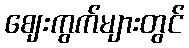
ဈေးကွက်များတွင်